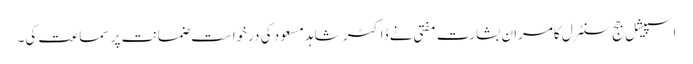
اسپیشل جج سنٹرل کامران بشارت مفتی نے ڈاکٹر شاہد مسعود کی درخواست ضمانت پر سماعت کی۔